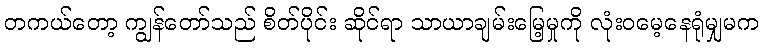
တကယ်တော့ ကျွန်တော်သည် စိတ်ပိုင်း ဆိုင်ရာ သာယာချမ်းမြေ့မှုကို လုံးဝမေ့နေရုံမျှမက